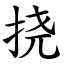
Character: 挠